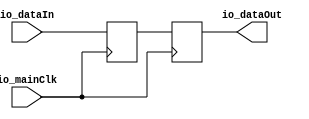
module BufferCC_2 (
      input   io_dataIn,
      output  io_dataOut,
      input   io_mainClk);
  reg  buffers_0;
  reg  buffers_1;
  assign io_dataOut = buffers_1;
  always @ (posedge io_mainClk) begin
    buffers_0 <= io_dataIn;
    buffers_1 <= buffers_0;
  end
endmodule